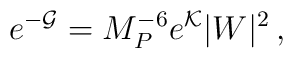
e^{-{\cal G}}=M_P^{-6} e^{\cal K}|W|^2\,,